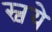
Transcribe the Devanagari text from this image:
स्वये